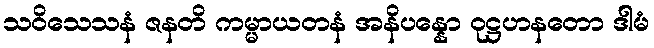
သဝိသေသနံ ဇနတိ ကမ္မာယတနံ အနိပန္နော ဝုဋ္ဌဟနတော ဒါမံ